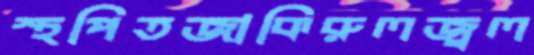
স্থপিতজাকিরুলজ্বল